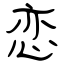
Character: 恋